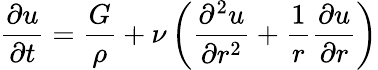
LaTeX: {\frac{\partial u}{\partial t}}={\frac{G}{\rho}}+\nu\left({\frac{\partial^{2}u}{\partial r^{2}}}+{\frac{1}{r}}{\frac{\partial u}{\partial r}}\right)